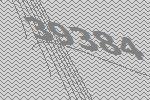
39384